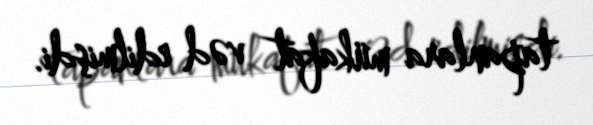
tapanlara mükafat vəd edilmişdi.